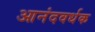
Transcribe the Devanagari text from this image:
आनंदवर्धक